Malaria in the Punjab - Number 46
Disease focus: Malaria
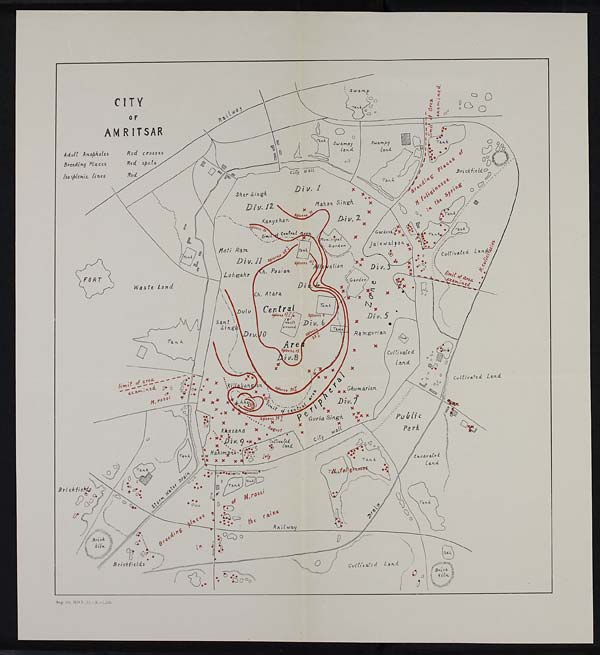
CITY
O F
AMRITSAR
Adult Anopheles
Red crosses
Breedinq Places
Red spo ts
Isospiehic lines
Red